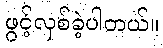
ဖွင့်လှစ်ခဲ့ပါတယ်။